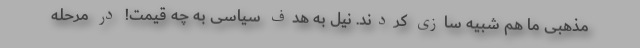
مذهبی ما هم شبیه سازی کردند. نیل به هدف سیاسی به چه قیمت! در مرحله‌